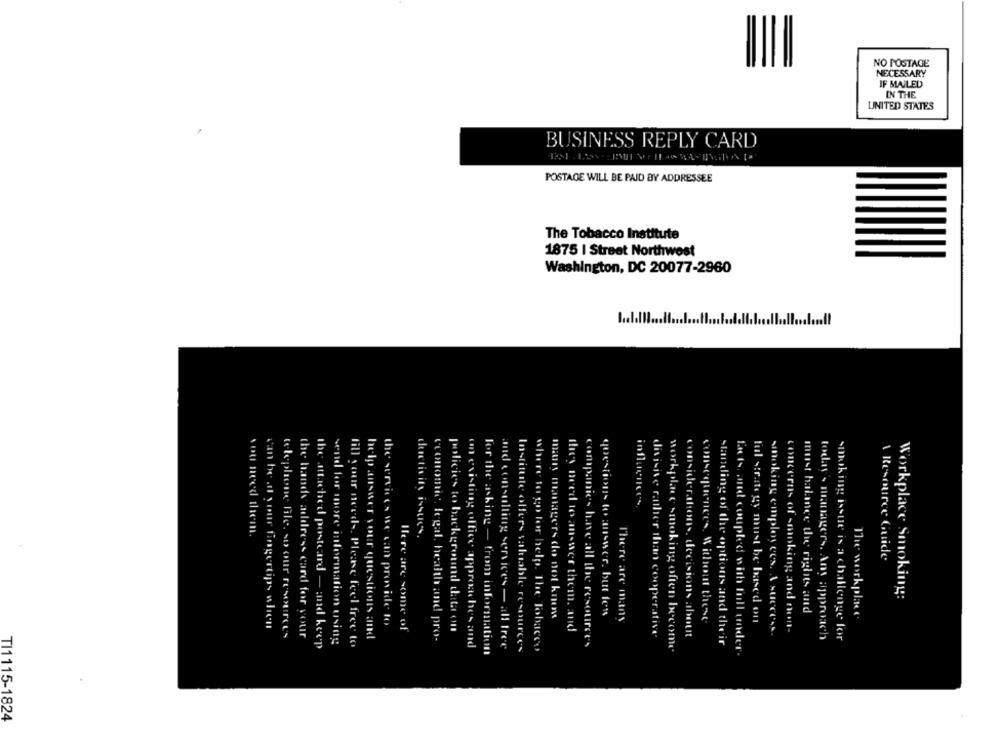
NO POSTAGE
NECESSARY
IF MAILED
IN THE
UNITED STATES
BUSINESS REPLY CARD
POSTAGE WILL BE PAID BY ADDRESSEE
The Tobacco Institute
1875 | Street Northwest
Washington, DC 20077-2960
you need them.
Resource Guide
Workplace Smoking:
muis managers do not know
questions to answer, but les
must balance the rights and
The workplace
the services we can provide to
There are many
consequences, Without these
tul strategy must be based on
can be .d your fingertips when
Here are some of
policies to background data ont
thes need to answer them, and
smoking employees, A success.
concerns of sminking and non-
telephone file. so our resources
the hands address card for your
help answer your questions and
conomic, legal, health and pro-
divisive rather than cooperative
considerations, decisions about
today's managers. Any approach
smoking issue is a challenge for
the attached postcard - and keep
send for more information using
fill your needs. Please feel free to
o existing office approaches and
companies have all the resources
workplace smoking often become
standing of the options and their
for the asking - from information
ind consulting services - all tree
Institute offers saluable resources
where to go for help. The Tobacco
fais, and coupled with full under.
TI1115-1824